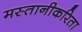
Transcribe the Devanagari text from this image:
मस्तानीकरिता